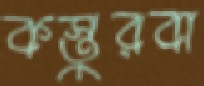
কস্তুরবা